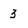
Character: 3